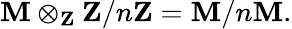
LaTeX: \mathbf{M}\otimes_{\mathbf{{Z}}}\mathbf{{Z}}/n\mathbf{{Z}}=\mathbf{M}/n\mathbf{M}.